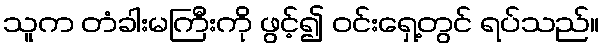
သူက တံခါးမကြီးကို ဖွင့်၍ ဝင်းရှေ့တွင် ရပ်သည်။